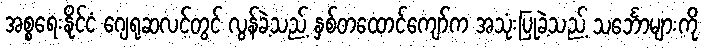
အစ္စရေးနိုင်ငံ ဂျေရုဆလင်တွင် လွန်ခဲ့သည့် နှစ်တထောင်ကျော်က အသုံးပြုခဲ့သည့် သင်္ဘောများကို